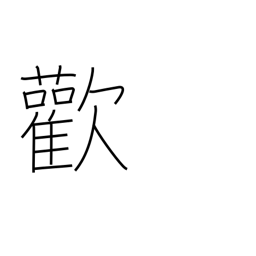
Meaning: joy